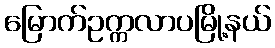
မြောက်ဥက္ကလာပမြို့နယ်